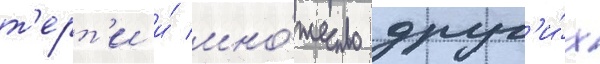
т'ерт'и и́ мно́жество друг'и́х